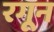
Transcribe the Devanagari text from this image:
रगून